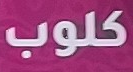
كلوب